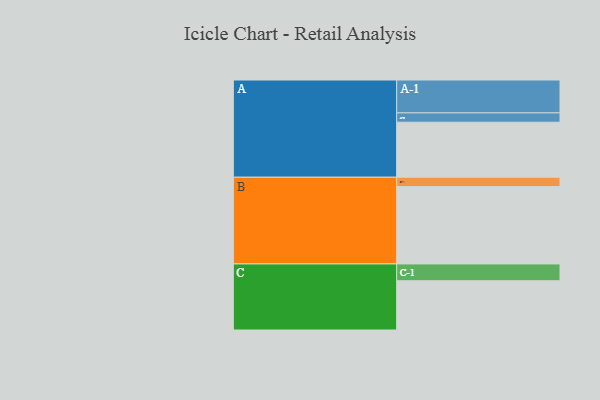
{"axis": {"x": "Segment", "y": "Value"}, "legend": ["", "A", "B", "C"], "data": [{"x": "A", "y": 360, "type": ""}, {"x": "B", "y": 506, "type": ""}, {"x": "C", "y": 322, "type": ""}, {"x": "A-1", "y": 215, "type": "A"}, {"x": "A-2", "y": 61, "type": "A"}, {"x": "B-1", "y": 61, "type": "B"}, {"x": "C-1", "y": 110, "type": "C"}]}